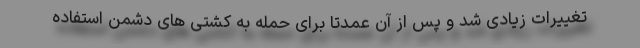
تغییرات زیادی شد و پس از آن عمدتا برای حمله به کشتی های دشمن استفاده